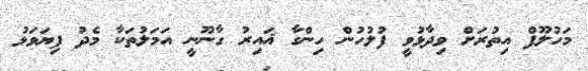
މަހުލޫފް އިތުރަށް ވިދާޅުވީ ފުލުހުން ހިންގާ ޣައިރު ގާނޫނީ އަމަލުތަކާ މެދު ފިޔަވަޅު